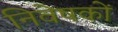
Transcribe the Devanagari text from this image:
निवेषकों